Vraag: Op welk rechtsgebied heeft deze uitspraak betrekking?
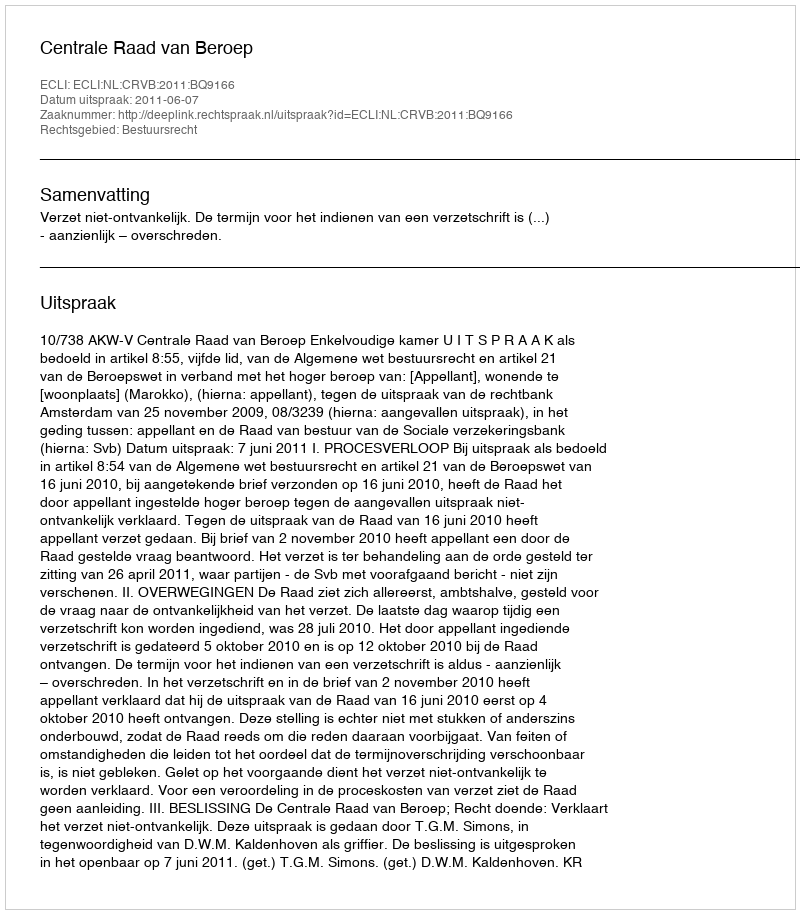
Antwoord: Bestuursrecht